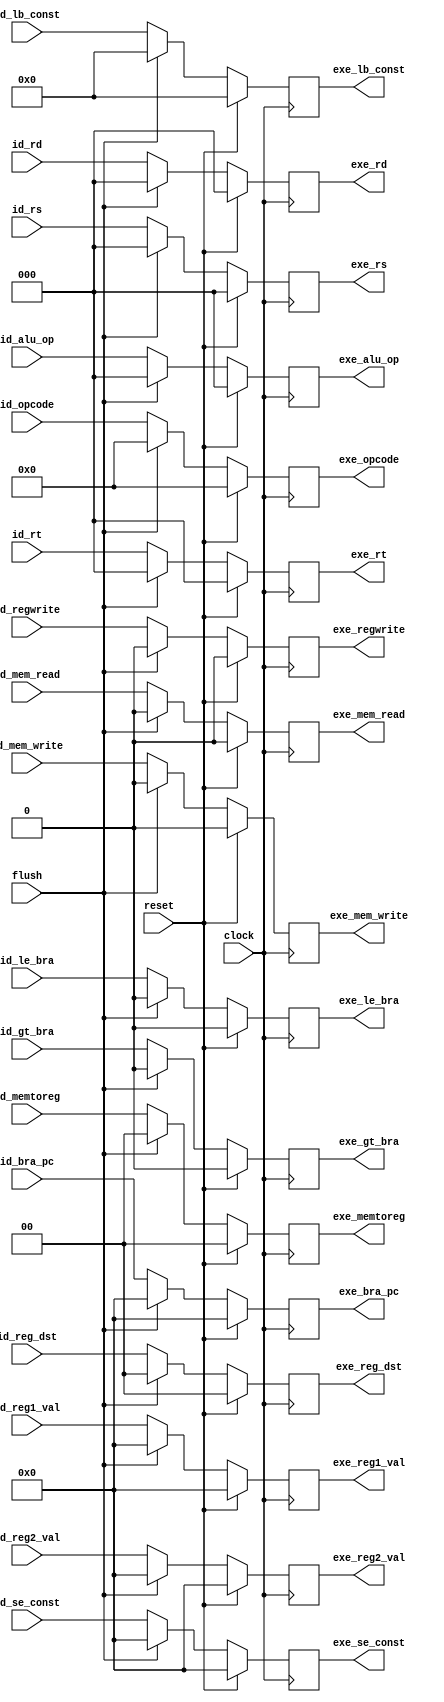
`timescale 1ns / 1ps
//////////////////////////////////////////////////////////////////////////////////
// Company: 
// Engineer: 
// 
// Design Name: 
// Module Name:    ID_EXE_Buffer 
// Project Name: 
// Target Devices: 
// Tool versions: 
// Description: 
//
// Dependencies: 
//
// Revision: 
// Revision 0.01 - File Created
// Additional Comments: 
//
//////////////////////////////////////////////////////////////////////////////////
module ID_EXE_Buffer(clock,reset,id_bra_pc,id_reg1_val,id_reg2_val,id_rs,id_rt,id_rd,id_lb_const,
							id_se_const,exe_bra_pc,exe_reg1_val,exe_reg2_val,exe_rs,exe_rt,exe_rd,
							exe_lb_const,exe_se_const,id_gt_bra,id_le_bra,id_alu_op,id_reg_dst,id_mem_read,
							id_mem_write,id_memtoreg,id_regwrite,exe_gt_bra,exe_le_bra,exe_alu_op,
							exe_reg_dst,exe_mem_read,exe_mem_write,exe_memtoreg,exe_regwrite,id_opcode,
							exe_opcode,flush
    );

	input clock,reset,flush;
	input [2:0] id_rs,id_rt,id_rd;
	input [15:0] id_bra_pc;
	input [7:0] id_lb_const;
	input [15:0] id_reg1_val,id_reg2_val,id_se_const;
	input id_gt_bra,id_le_bra,id_mem_read,id_mem_write,id_regwrite;
	input [1:0] id_reg_dst,id_memtoreg;
	input [2:0] id_alu_op;
	input [3:0] id_opcode;
	
	output reg [2:0] exe_rs,exe_rt,exe_rd;
	output reg [15:0] exe_bra_pc;
	output reg [7:0] exe_lb_const;
	output reg [15:0] exe_reg1_val,exe_reg2_val,exe_se_const;
	output reg exe_gt_bra,exe_le_bra,exe_mem_read,exe_mem_write,exe_regwrite;
	output reg [1:0] exe_reg_dst,exe_memtoreg;
	output reg [2:0] exe_alu_op;
	output reg [3:0] exe_opcode;
	
	always@(posedge clock) begin
		if(reset)
			exe_rs = 'd0;
		else if(flush)
			exe_rs = 'd0;
		else
			exe_rs = id_rs;
	end
	
	always@(posedge clock) begin
		if(reset)
			exe_rt = 'd0;
		else if(flush)
			exe_rt = 'd0;
		else
			exe_rt = id_rt;
	end
	
	always@(posedge clock) begin
		if(reset)
			exe_rd = 'd0;
		else if(flush)
			exe_rd = 'd0;
		else
			exe_rd = id_rd;
	end
	
	always@(posedge clock) begin
		if(reset)
			exe_bra_pc = 'd0;
		else if(flush)
			exe_bra_pc = 'd0;
		else
			exe_bra_pc = id_bra_pc;
	end
	
	always@(posedge clock) begin
		if(reset)
			exe_lb_const = 'd0;
		else if(flush)
			exe_lb_const = 'd0;
		else
			exe_lb_const = id_lb_const;
	end
	
	always@(posedge clock) begin
		if(reset)
			exe_reg1_val = 'd0;
		else if(flush)
			exe_reg1_val = 'd0;
		else
			exe_reg1_val = id_reg1_val;
	end
	
	always@(posedge clock) begin
		if(reset)
			exe_reg2_val = 'd0;
		else if(flush)
			exe_reg2_val = 'd0;
		else
			exe_reg2_val = id_reg2_val;
	end
	
	always@(posedge clock) begin
		if(reset)
			exe_se_const = 'd0;
		else if(flush)
			exe_se_const = 'd0;
		else
			exe_se_const = id_se_const;
	end
	
	always@(posedge clock) begin
		if(reset)
			exe_gt_bra = 'd0;
		else if(flush)
			exe_gt_bra = 'd0;
		else
			exe_gt_bra = id_gt_bra;
	end
	
	always@(posedge clock) begin
		if(reset)
			exe_le_bra = 'd0;
		else if(flush)
			exe_le_bra = 'd0;
		else
			exe_le_bra = id_le_bra;
	end
	
	always@(posedge clock) begin
		if(reset)
			exe_alu_op = 'd0;
		else if(flush)
			exe_alu_op = 'd0;
		else
			exe_alu_op = id_alu_op;
	end
	
	always@(posedge clock) begin
		if(reset)
			exe_reg_dst = 'd0;
		else if(flush)
			exe_reg_dst = 'd0;
		else
			exe_reg_dst = id_reg_dst;
	end
	
	always@(posedge clock) begin
		if(reset)
			exe_mem_read = 'd0;
		else if(flush)
			exe_mem_read = 'd0;
		else
			exe_mem_read = id_mem_read;
	end
	
	always@(posedge clock) begin
		if(reset)
			exe_mem_write = 'd0;
		else if(flush)
			exe_mem_write = 'd0;
		else
			exe_mem_write = id_mem_write;
	end
	
	always@(posedge clock) begin
		if(reset)
			exe_memtoreg = 'd0;
		else if(flush)
			exe_memtoreg = 'd0;
		else
			exe_memtoreg = id_memtoreg;
	end
	
	always@(posedge clock) begin
		if(reset)
			exe_regwrite = 'd0;
		else if(flush)
			exe_regwrite = 'd0;
		else
			exe_regwrite = id_regwrite;
	end
	
	always@(posedge clock) begin
		if(reset)
			exe_opcode = 'd0;
		else if(flush)
			exe_opcode = 'd0;
		else
			exe_opcode = id_opcode;
	end
endmodule